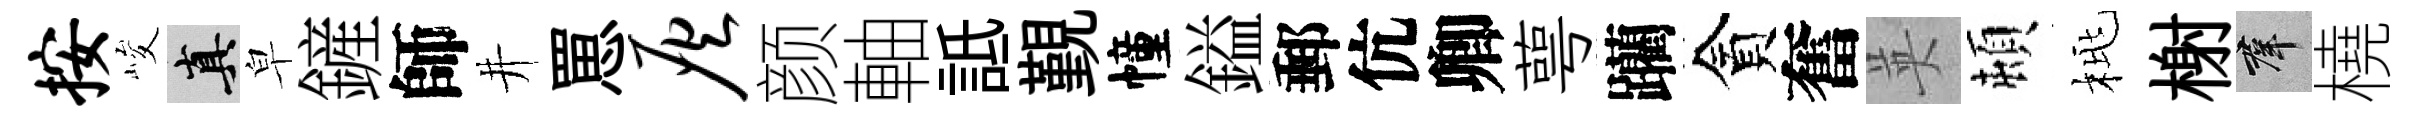
按峻真皁鏟師井罳灰颜軸詆覲幢鎰郵伉卿萼躪貪奮英頓桃榭群橈